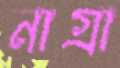
নাগ্রা